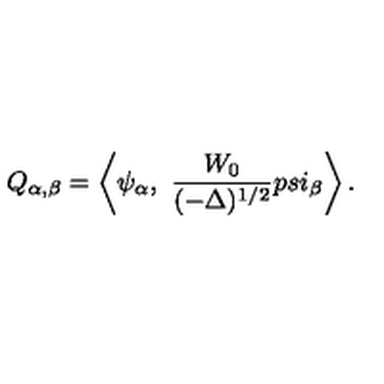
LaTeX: Q _ { \alpha , \beta } = \left< \psi _ { \alpha } , \ { \frac { W _ { 0 } } { ( - \Delta ) ^ { 1 / 2 } } } p s i _ { \beta } \right> .